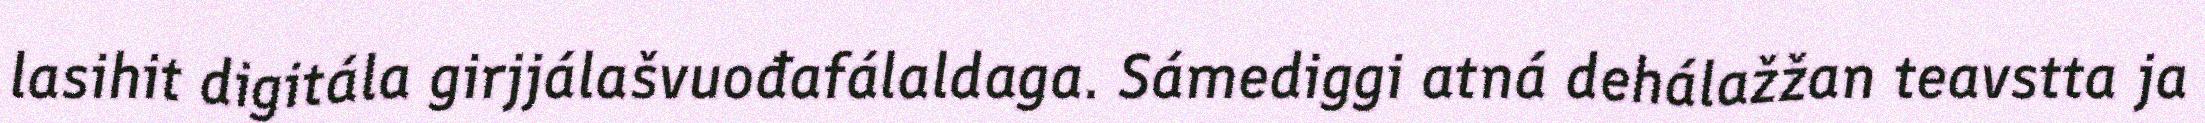
lasihit digitála girjjálašvuođafálaldaga. Sámediggi atná dehálažžan teavstta ja